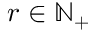
r \in \mathbb { N } _ { + }